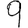
Digit: 9